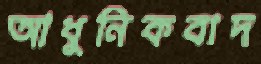
আধুনিকবাদ